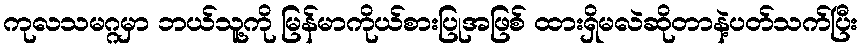
ကုလသမဂ္ဂမှာ ဘယ်သူ့ကို မြန်မာကိုယ်စားပြုအဖြစ် ထားရှိမလဲဆိုတာနဲ့ပတ်သက်ပြီး